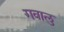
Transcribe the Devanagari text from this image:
गवालु